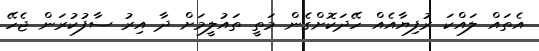
އެތައް ލައްކަ ރުފިޔާއެއް ހޭދަކޮށްގެން މަތީ ތައުލީމަށް ދާ އިރު ސާފުކުރަން ޖެހޭ